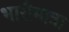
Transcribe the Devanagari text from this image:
भारीमात्रा